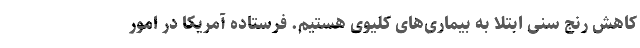
کاهش رنج سنی ابتلا به بیماری‌های کلیوی هستیم. فرستاده آمریکا در امور